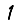
Digit: 1